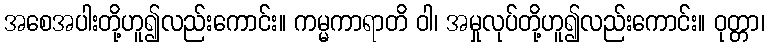
အစေအပါးတို့ဟူ၍လည်းကောင်း။ ကမ္မကာရာတိ ဝါ၊ အမှုလုပ်တို့ဟူ၍လည်းကောင်း။ ဝုတ္တာ၊